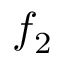
f _ { 2 }